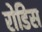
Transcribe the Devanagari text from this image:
रोडिस